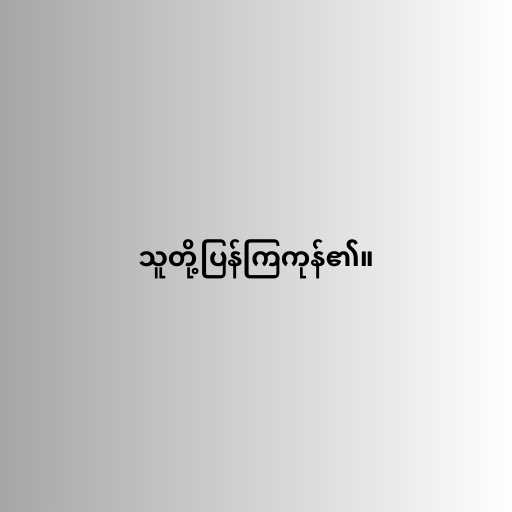
သူတို့ပြန်ကြကုန်၏။